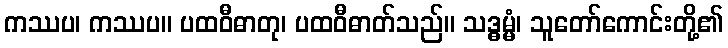
ကဿပ၊ ကဿပ။ ပထဝီဓာတု၊ ပထဝီဓာတ်သည်။ သဒ္ဓမ္မံ၊ သူတော်ကောင်းတို့၏